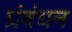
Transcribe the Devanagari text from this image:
प्रंबंधन